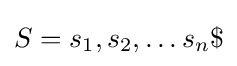
S=s_{1},s_{2},\ldots s_{n}\$